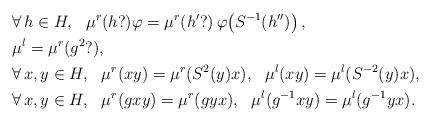
LaTeX: \begin{align*}&\forall \, h \in H, \:\:\: \mu^r(h?) \varphi = \mu^r\!\left(h'?\right) \varphi\!\left(S^{-1}(h'')\right), \\&\mu^l = \mu^r(g^2 ?), \\&\forall\, x,y \in H, \:\:\: \mu^r(xy) = \mu^r(S^2(y)x), \:\:\: \mu^l(xy) = \mu^l(S^{-2}(y)x), \\&\forall\, x,y \in H, \:\:\: \mu^r(gxy) = \mu^r(gyx), \:\:\: \mu^l(g^{-1}xy) = \mu^l(g^{-1}yx) .\end{align*}